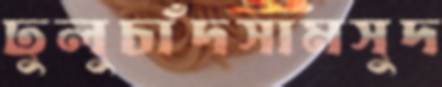
ঢুলুচাঁদসামসুদ